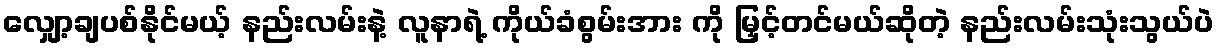
လျှော့ချပစ်နိုင်မယ့် နည်းလမ်းနဲ့ လူနာရဲ့ ကိုယ်ခံစွမ်းအား ကို မြှင့်တင်မယ်ဆိုတဲ့ နည်းလမ်းသုံးသွယ်ပဲ